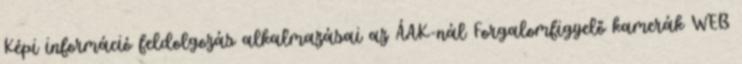
Képi információ feldolgozás alkalmazásai az ÁAK-nál Forgalomfigyelő kamerák WEB